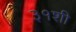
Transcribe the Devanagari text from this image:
३१शी